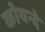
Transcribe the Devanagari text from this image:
कोयन्दे